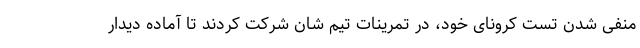
منفی شدن تست کرونای خود، در تمرینات تیم شان شرکت کردند تا آماده دیدار